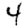
Digit: 4